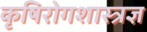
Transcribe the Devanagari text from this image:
कृषिरोगशास्त्रज्ञ